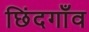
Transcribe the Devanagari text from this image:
छिंदगाँव